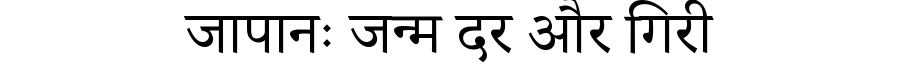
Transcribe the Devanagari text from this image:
जापानः जन्म दर और गिरी